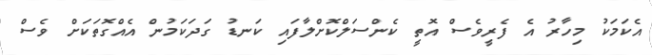
އެކަމަކު މިހާރު އެ ފެރީވެސް އޮތީ ކެންސަލްކޮށްލާފައި ކަނޑު ގަދަކަމުން އެއްގޮތަކަށް ވެސް